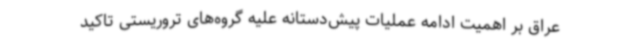
عراق بر اهمیت ادامه عملیات پیش‌دستانه علیه گروه‌های تروریستی تاکید